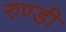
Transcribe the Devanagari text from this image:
रुण्डी